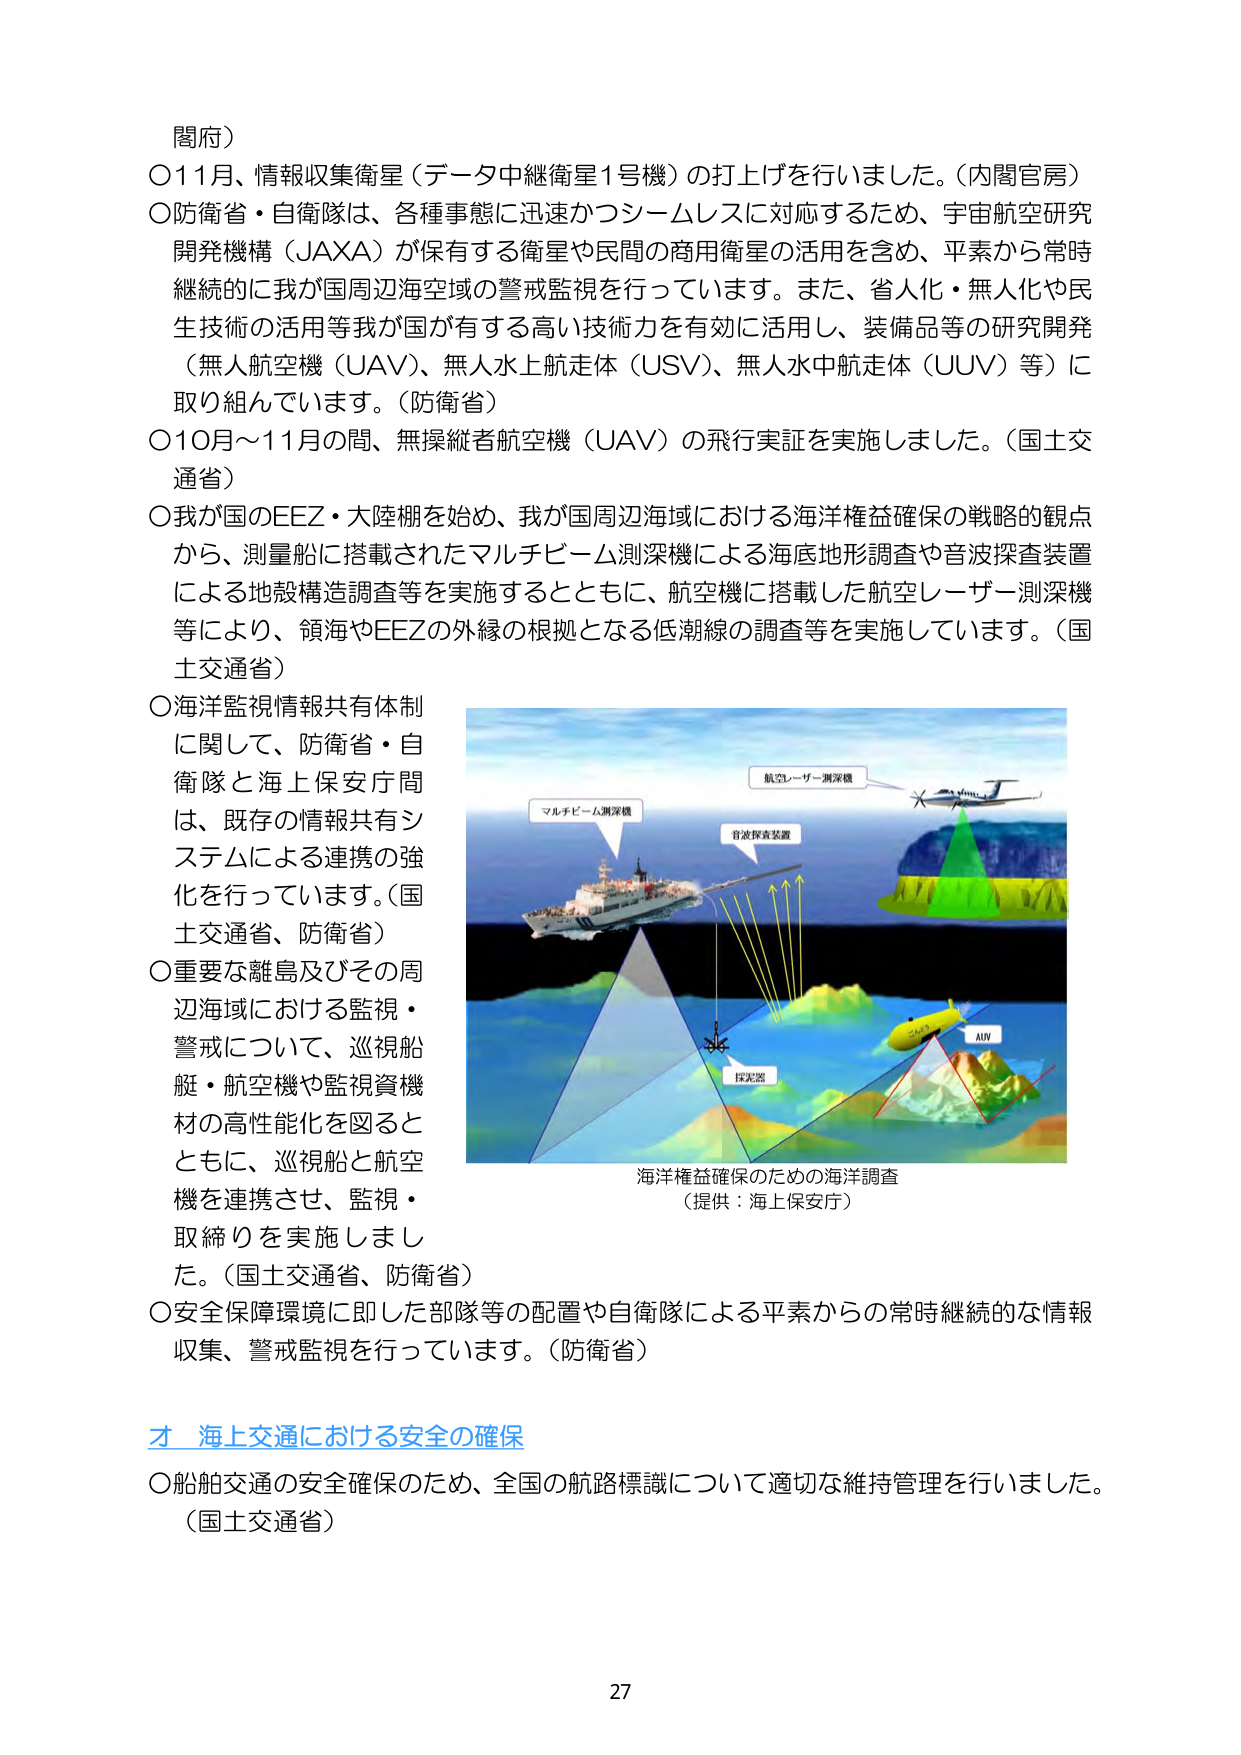
閥府）

〇11月、情報収集衛星（データ中継衛星1号機）の打上げを行いました。（内閣官房）

〇防衛省・自衛隊は、各種事態に迅速かつシームレスに対応するため、宇宙航空研究開発機構（JAXA）が保有する衛星や民間の商用衛星の活用を含め、平素から常時継続的に我が国周辺海空域の警戒監視を行っています。また、省人化・無人化や民生技術の活用等我が国が有する高い技術力を有効に活用し、装備品等の研究開発（無人航空機（UAV）、無人水上航走体（USV）、無人水中航走体（UUV）等）に取り組んでいます。（防衛省）

〇10月～11月の間、無操縦者航空機（UAV）の飛行実証を実施しました。（国土交通省）

〇我が国のEEZ・大陸棚を始め、我が国周辺海域における海洋権益確保の戦略的観点から、測量船に搭載されたマルチビーム測深機による海底地形調査や音波探査装置による地殻構造調査等を実施するとともに、航空機に搭載した航空レーザー測深機等により、領海やEEZの外縁の根拠となる低潮線の調査等を実施しています。（国土交通省）

〇海洋監視情報共有体制に関して、防衛省・自衛隊と海上保安庁間は、既存の情報共有システムによる連携の強化を行っています。（国土交通省、防衛省）

〇重要な離島及びその周辺海域における監視・警戒について、巡視船艇・航空機や監視資機材の高性能化を図るとともに、巡視船と航空機を連携させ、監視・取締りを実施しました。（国土交通省、防衛省）

〇安全保障環境に即した部隊等の配置や自衛隊による平素からの常時継続的な情報収集、警戒監視を行っています。（防衛省）

才 海上交通における安全の確保

〇船舶交通の安全確保のため、全国の航路標識について適切な維持管理を行いました。（国土交通省）

航空レーザー測深機
マルチビーム測深機
音波探査装置
探査器
AUV

海洋権益確保のための海洋調査
（提供：海上保安庁）

27